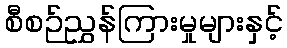
စီစဉ်ညွှန်ကြားမှုများနှင့်